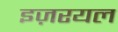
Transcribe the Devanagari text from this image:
इज़रयल